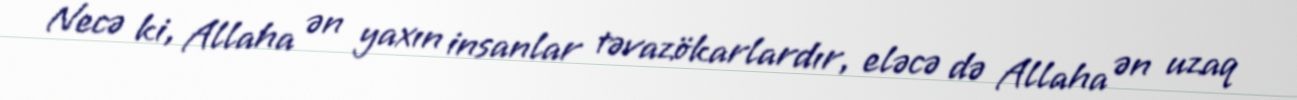
Necə ki, Allaha ən yaxın insanlar təvazökarlardır, eləcə də Allaha ən uzaq